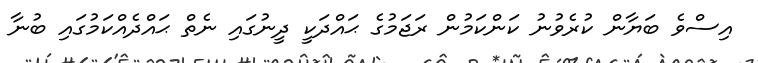
އިސްވެ ބަޔާން ކުރެވުނު ކަންކަމުން ރަޖަމުގެ ޙައްދަކީ ދީނުގައި ނެތް ޙައްދެއްކަމުގައި ބުނާ